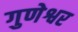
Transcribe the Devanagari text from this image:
गुणेश्वर